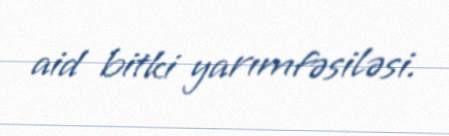
aid bitki yarımfəsiləsi.